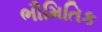
ભૌમિતિક